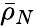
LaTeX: \bar{\rho}_{N}